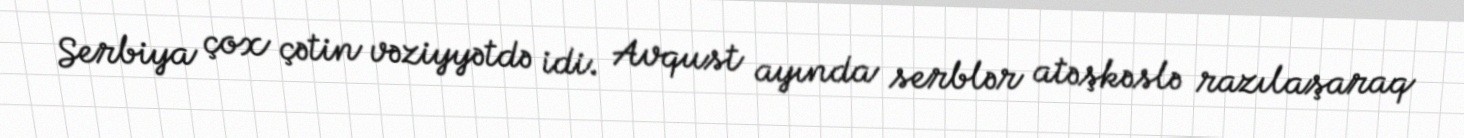
Serbiya çox çətin vəziyyətdə idi. Avqust ayında serblər atəşkəslə razılaşaraq